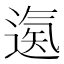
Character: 𨕀